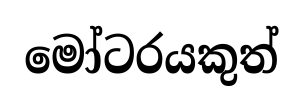
මෝටරයකුත්